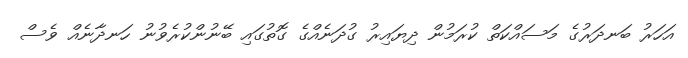
އަހަރު ބަނދަރުގެ މަސައްކަތް ކުރަމުން ދިޔައިރު ގުދަނެއްގެ ގޮތުގައި ބޭނުންކުރެވުނު ހަނދާނެއް ވެސް